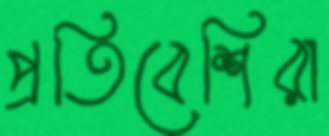
প্রতিবেশিরা